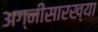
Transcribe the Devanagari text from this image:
अग्नीसारख्या